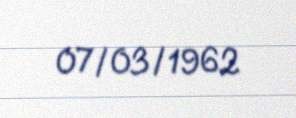
07/03/1962